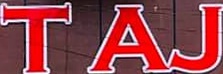
TAJ